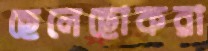
ছেলেছোকরা